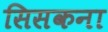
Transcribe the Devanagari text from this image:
सिसकना